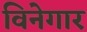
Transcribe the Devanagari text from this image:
विनेगार